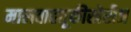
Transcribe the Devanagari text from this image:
मालवाहतूकीखेरीज